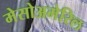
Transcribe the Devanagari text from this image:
मेसोअमेरिल